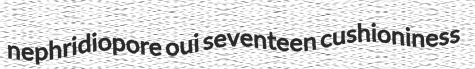
nephridiopore oui seventeen cushioniness